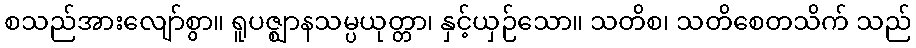
စသည်အားလျော်စွာ။ ရူပဇ္ဈာနသမ္ပယုတ္တာ၊ နှင့်ယှဉ်သော။ သတိစ၊ သတိစေတသိက် သည်